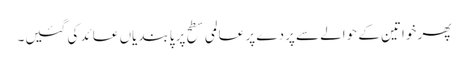
پھر خواتین کے حوالے سے پردے پر عالمی سطح پر پابندیاں عائد کی گئیں۔